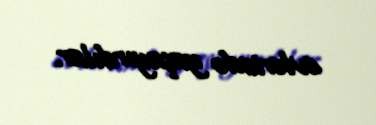
evlərində yaşayırdılar.